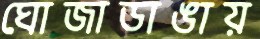
ঘোজাডাঙায়